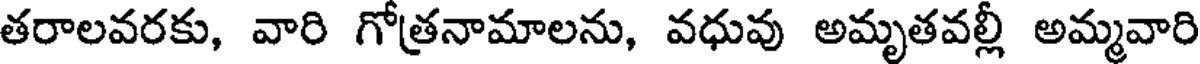
తరాలవరకు, వారి గోత్రనామాలను, వధువు అమృతవల్లీ అమ్మవారి